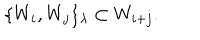
\{ W _ { i } , W _ { j } \} _ { \lambda } \subset W _ { i + j } .